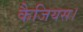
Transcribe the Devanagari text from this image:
कैजियस।